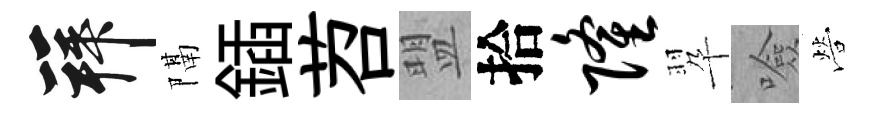
拜隔鍤苕盟拾隆翆噞營